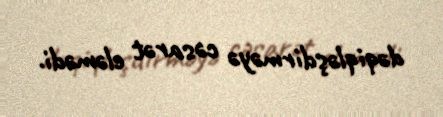
dəqiqləşdirməyə cəsarət eləmədi.